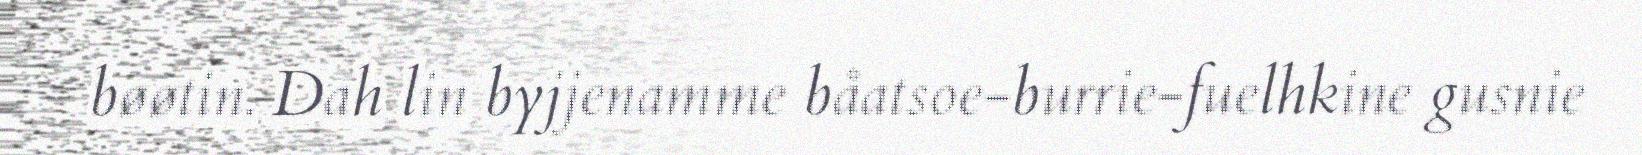
bøøtin. Dah lin byjjenamme båatsoe-burrie-fuelhkine gusnie